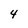
Character: 4